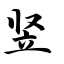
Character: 竖